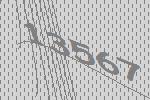
13567